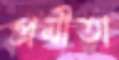
প্রমীতা